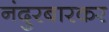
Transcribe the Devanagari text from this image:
नंदुरबारकर